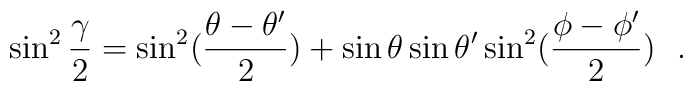
\sin^2{\gamma\over 2}=\sin^2({\theta-\theta '\over 2})+\sin\theta\sin\theta '\sin^2({\phi-\phi '\over 2})~~.